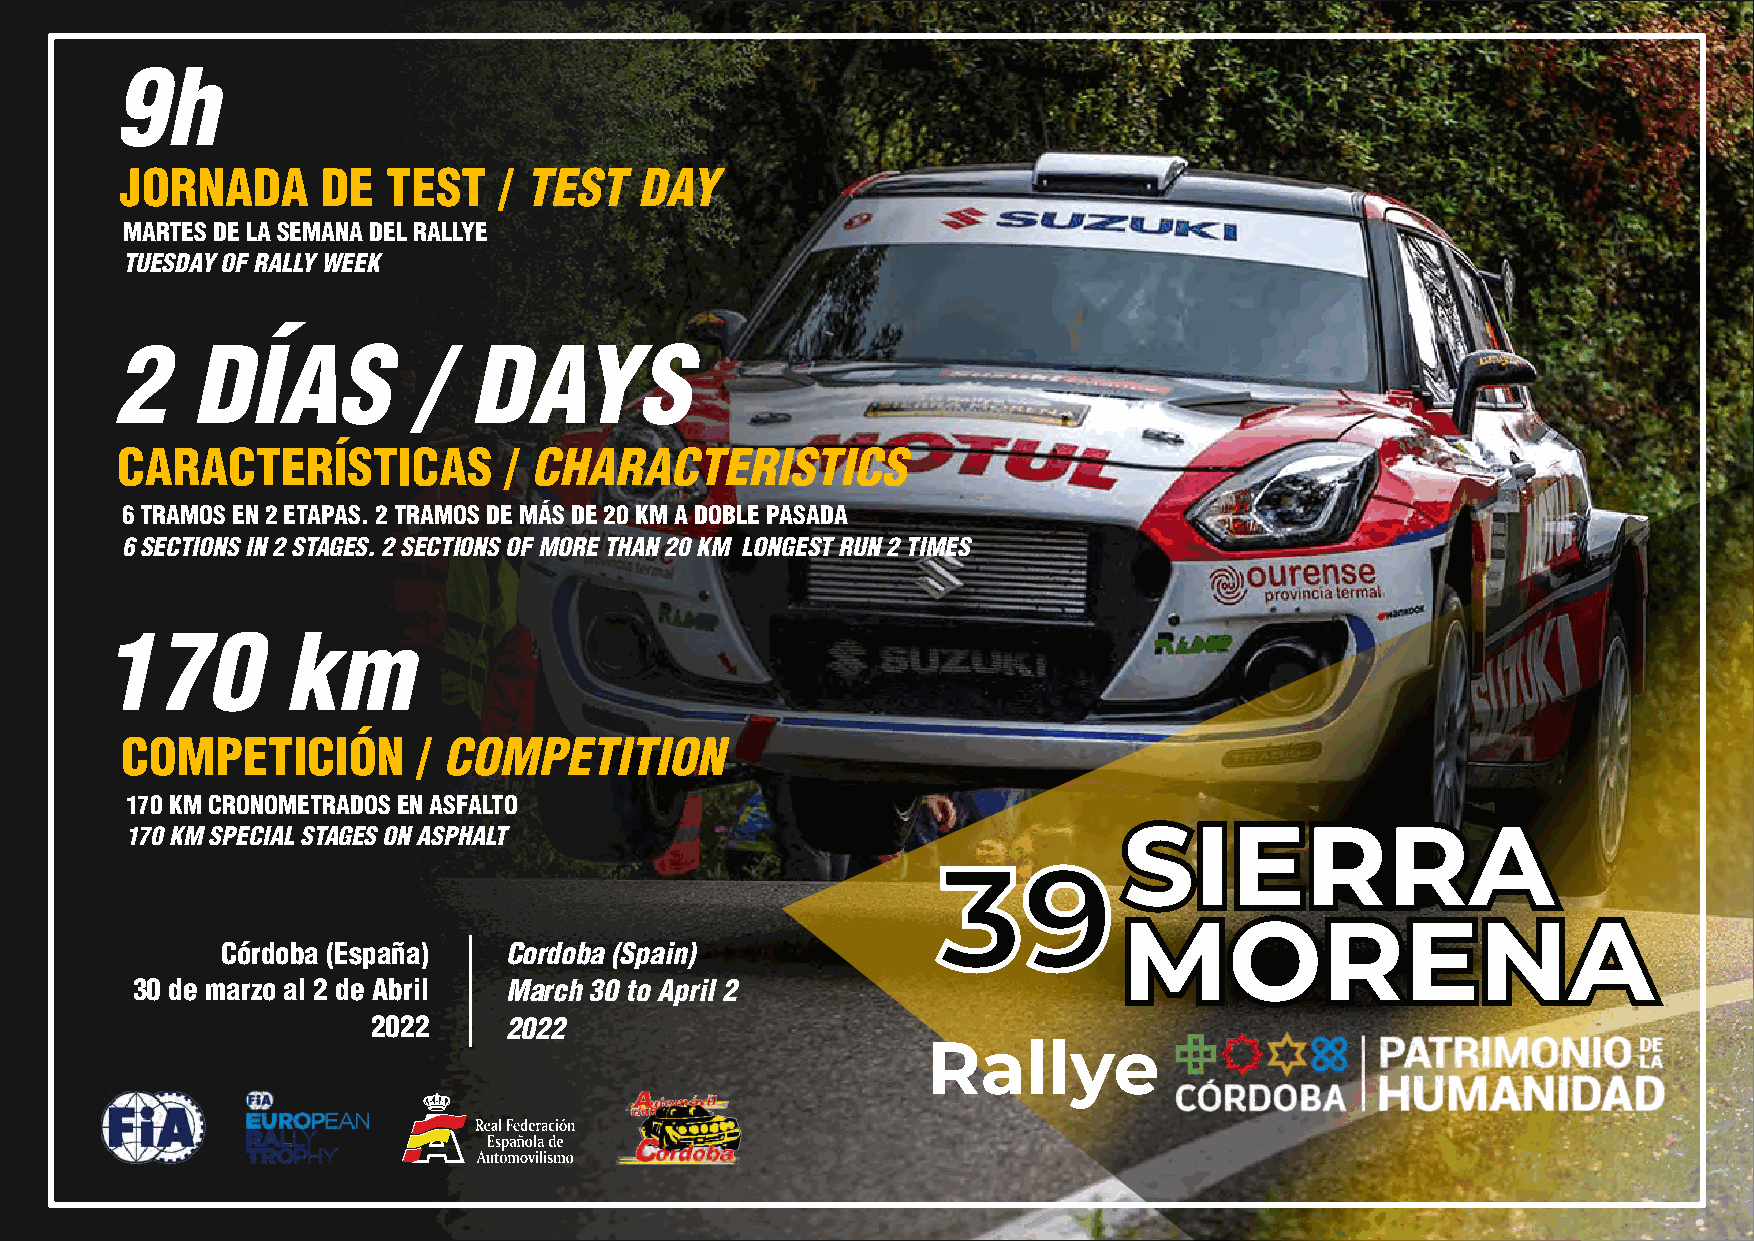
9h
 JORNADA      DE   TEST   / TEST   DAY
 MARTES DE LA SEMANA DEL RALLYE
 TUESDAY OF RALLY WEEK
 2    DÍAS          /   DAYS
 CARACTERÍSTICAS          / CHARACTERISTICS
 6 TRAMOS EN 2 ETAPAS. 2 TRAMOS DE MÁS DE 20 KM A DOBLE PASADA
 6 SECTIONS IN 2 STAGES. 2 SECTIONS OF MORE THAN 20 KM LONGEST RUN 2 TIMES
 170         km
 COMPETICIÓN         / COMPETITION
 170 KM CRONOMETRADOS EN ASFALTO
 170 KM SPECIAL STAGES ON ASPHALT                                  SIERRA
 39
 MORENA
 Córdoba (España)  Cordoba (Spain)
 30 de marzo al 2 de Abril March 30 to April 2
 2022    2022
 Rallye